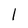
Character: l